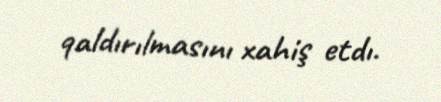
qaldırılmasını xahiş etdı.